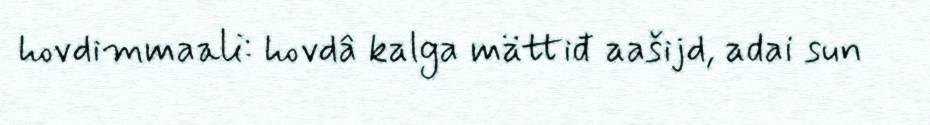
hovdimmaali: hovdâ kalga mättiđ aašijd, adai sun